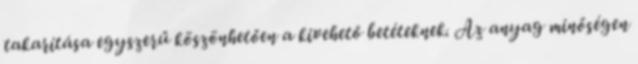
takarítása egyszerű köszönhetően a kivehető betéteknek. Az anyag minőségen